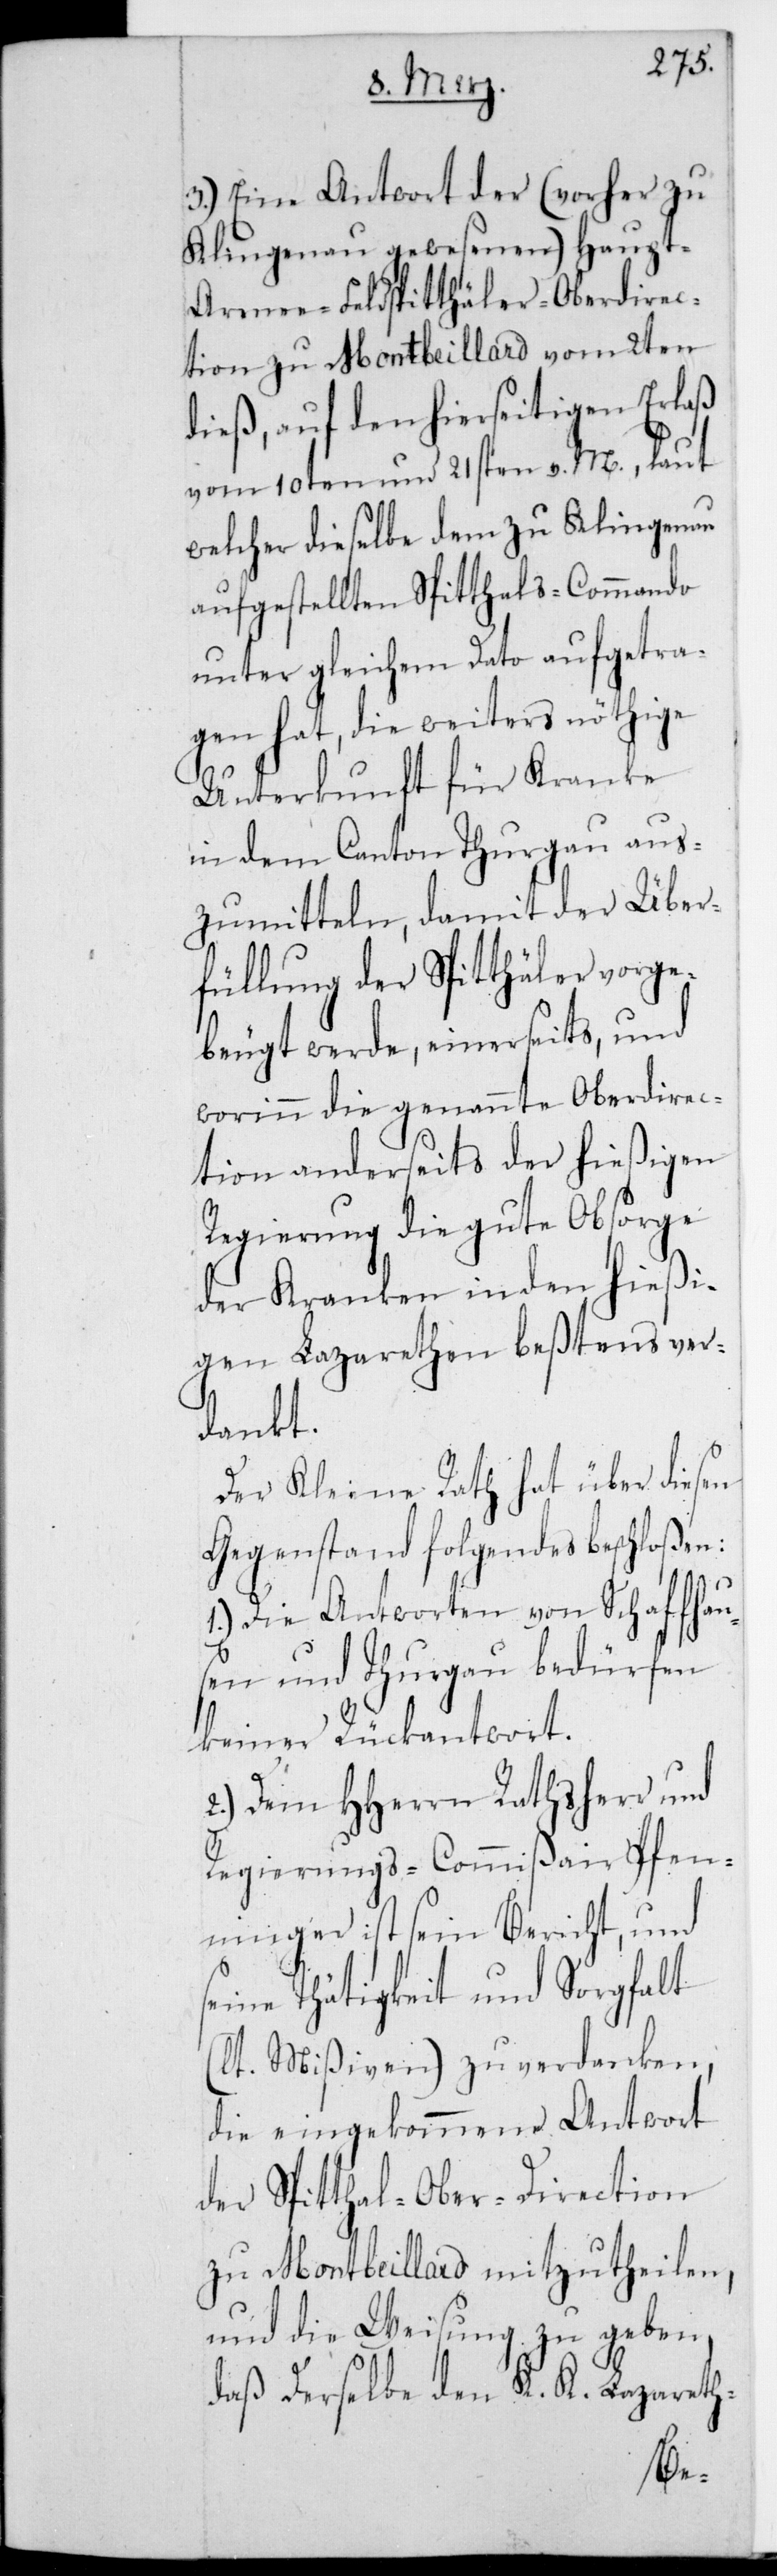
3.) Eine Antwort der (vorher zu
Klingnau gewesenen) Haup¬
t-Armee-Feldspitthäler-Oberdirec¬
tion zu Montbeyllard vom 2ten
dieß, auf den hierseitigen Erlaß
vom 10ten und 21sten v. M., laut
welcher dieselbe dem zu Klingnau
aufgestellten Spitthals-Commando
unter gleichem Dato aufgetra¬
gen hat, die weiters nöthige
Unterkunft für Kranke
in dem Canton Thurgau aus¬
zumitteln, damit der Über¬
füllung der Spitäler vorge¬
beugt werde, einerseits, und
worinn die genannte Oberdirec¬
tion anderseits der hießigen
Regierung die gute Obsorge
der Kranken in den hießi¬
gen Lazarethen bestens ver¬
dankt.
Der Kleine Rath hat über diesen
Gegenstand folgendes beschloßen:
1.) Die Antworten von Schaffhau¬
sen und Thurgau bedürfen
keiner Rückantwort.
2.) Dem HHerrn Rathsherr und
Regierungs-Commißair Pfen¬
ninger ist sein Bericht und
seine Tätigkeit und Sorgfalt
(laut Mißiven) zu verdanken;
die eingekommene Antwort
der Spitthal-Ober-Direction
zu Montbeillard mitzutheilen,
und die Weisung zu geben,
daß derselbe den K. K. Lazareth-